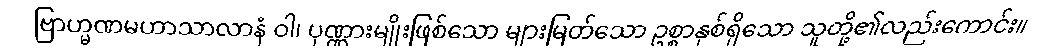
ဗြာဟ္မဏမဟာသာလာနံ ဝါ၊ ပုဏ္ဏားမျိုးဖြစ်သော များမြတ်သော ဥစ္စာနှစ်ရှိသော သူတို့၏လည်းကောင်း။